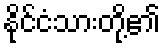
နိုင်ငံသားတို့၏